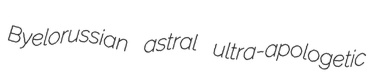
Byelorussian astral ultra-apologetic